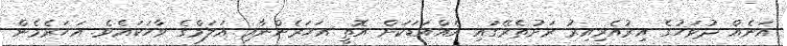
އަނެއް ދުވަހުގެ އިރުއެރިއިރު ރަށުތެރޭގައި އެއްއަޑަކަށް އޮތީ އަހަރެންނާއި އަލަމްގެ ވާހަކައެވެ. އަހަރެމެން